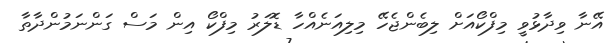
އޭނާ ވިދާޅުވީ މިފްކޯއަށް ލިބެންޖެހޭ މިލިއަނެއްހާ ޑޮލަރު މިފްކޯ އިން މަސް ގަންނަމުންދާތާ